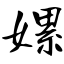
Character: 嫘